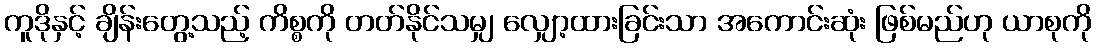
ကူဒိုနှင့် ချိန်းတွေ့သည့် ကိစ္စကို တတ်နိုင်သမျှ လျှော့ထားခြင်းသာ အကောင်းဆုံး ဖြစ်မည်ဟု ယာစုကို